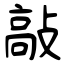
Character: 敲